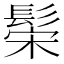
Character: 𬴪